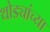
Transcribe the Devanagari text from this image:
थोड्यांच्या